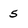
Character: 5